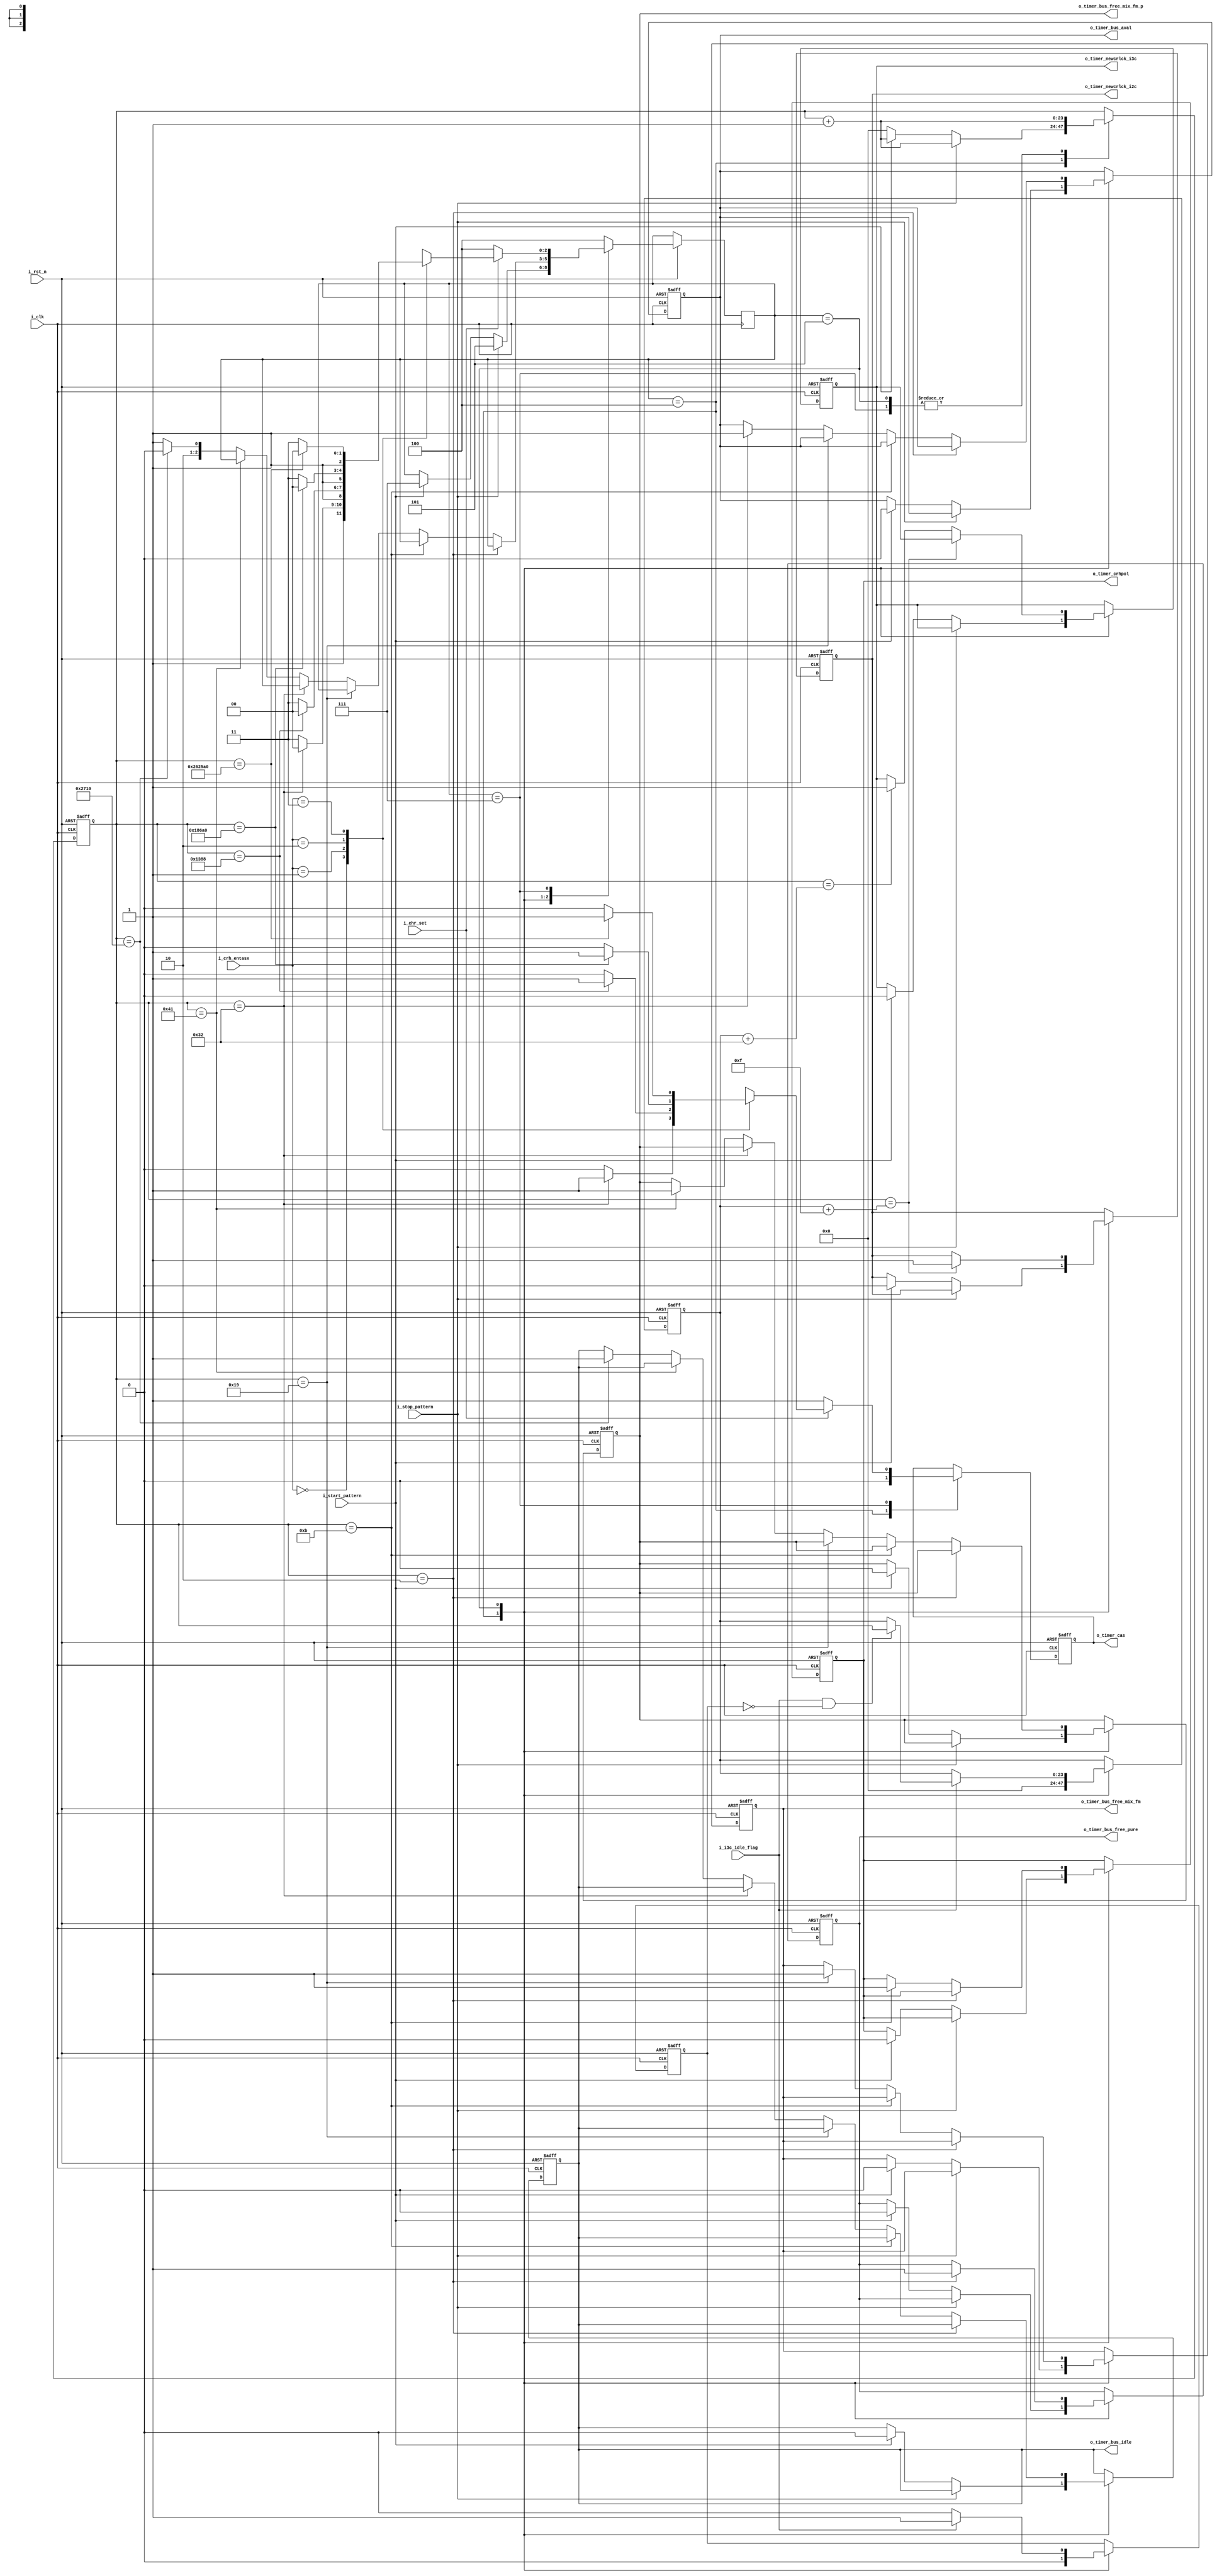
//////////////////////////////////////////////////////////////////////////////////
//==================================================================================
// MIXEL GP 2023 LIBRARY
// Copyright (c) 2023 Mixel, Inc.  All Rights Reserved.
// CONFIDENTIAL AND PROPRIETARY SOFTWARE/DATA OF MIXEL and ASU 2023 GP, INC.
//
// Revision: 
//
// Version : 2.0
//
// Design Name:  i3c_timer_fsm
// Module Name:  i3c_timer_fsm
//
//==================================================================================
//
//  STATEMENT OF USE
//
//  This information contains confidential and proprietary information of MIXEL.
//  No part of this information may be reproduced, transmitted, transcribed,
//  stored in a retrieval system, or translated into any human or computer
//  language, in any form or by any means, electronic, mechanical, magnetic,
//  optical, chemical, manual, or otherwise, without the prior written permission
//  of MIXEL.  This information was prepared for Garduation Project purpose and is for
//  use by MIXEL Engineers only.  MIXEL and ASU 2023 GP reserves the right 
//  to make changes in the information at any time and without notice.
//
//==================================================================================
//////////////////////////////////////////////////////////////////////////////////

`default_nettype none

module i3c_timer_fsm (
                      input  wire          i_clk                      , // system clock 50MHZ from FPGA
                      input  wire          i_rst_n                    , // asynch active low reset 
                      input  wire          i_start_pattern            , // start pattern flag input from tx
                      input  wire          i_stop_pattern             , // stop pattern flag input from tx
                      input  wire          i_chr_set                  , // input from crh of activity state set
                      input  wire  [1:0]   i_crh_entasx               , // enter activity states input value
                      input  wire          i_i3c_idle_flag            , // stop is done and od 
                      
                      output reg           o_timer_cas                , // clock after start flag 
                      output reg           o_timer_bus_free_pure      , // pure i3c bus condition >> after tcas 
                      output reg           o_timer_bus_free_mix_fm    , // clock for bus free condition when fm
                      output reg           o_timer_bus_free_mix_fm_p  , // clock for bus free condition when fm+
                      output reg           o_timer_bus_aval           , // clock for available bus condition 
                      output reg           o_timer_bus_idle           , // clock for idle bus condition 
                      output reg           o_timer_crhpol             , // clock for new controller handoff
                      output reg           o_timer_newcrlck_i2c       , // clock for new controller driving SDA when i2c
                      output reg           o_timer_newcrlck_i3c      ); // clock for new controller driving SDA when i3c
 
//`include "timings.v"


// system clock is 50 MHZ >> period is 20 ns 
// T_ENTAS3 is default when no target supports ENTASx CCC

// -- Start and Stop timings 
localparam T_CAS            = 24'd2       ; // 38.4 ns ~ 40 ns //garanteed
//localparam T_CBP            = 24'd1       ; // 19.2 ns ~ 20 ns //garanteed 

// -- Bus Condition timings
// T_AVAL = T_ENTAS0 = T_NEWCRLOCK_I3C = 1 us
localparam T_BUF_FM         = 24'd25      ; // 0.5 us = 500 ns >> 500/20 = 25 cycles 
localparam T_BUF_FM_P       = 24'd65      ; // 1.3 us = 1300 ns >> 1300/20 = 65 cycles 
localparam T_AVAL           = 24'd50      ; // 1 us = 1000 ns >> 1000/20 = 50 cycles
localparam T_IDLE           = 24'd10000   ; // 200 us = 200000 ns >> 200000/20 = 10000

// -- Activity States timings
localparam T_ENTAS1         = 24'd5000    ; // 100 us = 100000 ns >> 100000/20 = 5000 cycles
localparam T_ENTAS2         = 24'd100000  ; // 2 ms = 2000000 ns >> 2000000/20 = 100000 cycles
localparam T_ENTAS3         = 24'd2500000 ; // 50 ms = 50000000 ns >> 50000000/20 = 2500000 cycles 

// -- Control Role Handoff timings
localparam T_CRHPOverlap    = 24'd11      ; // (200 + 12 = 212 ns ~ 200 + 10 = 210 ns) >> 21/2 cycles 
localparam T_NEWCRLOCK_I2C  = 24'd15      ; // 300 ns >> 300/20 = 15 cycles





localparam ENTER_ACTIVITY_STATE_0  = 2'b00 ;
localparam ENTER_ACTIVITY_STATE_1  = 2'b01 ;
localparam ENTER_ACTIVITY_STATE_2  = 2'b10 ;
localparam ENTER_ACTIVITY_STATE_3  = 2'b11 ;

localparam IDLE                    = 3'b100;
localparam POST_STOP_CALCULATIONS  = 3'b101;
localparam POST_START_CALCULATIONS = 3'b111;


// timer_states <<<<

// TBD after this block is done >>
// wire i_i3c_idle_flag  ;
// assign i_i3c_idle_flag = i_dda_idle_flag | i_sdr_idle_flag | i_crh_idle_flag;

reg  [2:0]   timer_state            ;
reg          idle_flag_pulse        ;
reg  [23:0]  count                  ;
reg  [23:0]  stp_to_idle_trans_time ;

always @(posedge i_clk or negedge i_rst_n) 
  begin: i3c_timings_counter
    if (!i_rst_n) 
      begin  
        o_timer_cas                <= 1'b0 ;     
        o_timer_bus_free_pure      <= 1'b0 ; 
        o_timer_bus_free_mix_fm    <= 1'b0 ; 
        o_timer_bus_free_mix_fm_p  <= 1'b0 ; 
        o_timer_bus_aval           <= 1'b0 ; 
        o_timer_bus_idle           <= 1'b0 ; 
        o_timer_crhpol             <= 1'b0 ; 
        o_timer_newcrlck_i2c       <= 1'b0 ;
        o_timer_newcrlck_i3c       <= 1'b0 ;
        idle_flag_pulse            <= 1'b0 ;
        count                      <= 24'b0;
        stp_to_idle_trans_time     <= 24'b0;

      end 
    else 
      begin

        case (timer_state)

          IDLE: 
            begin 
              o_timer_cas                <= 1'b0 ;    
              idle_flag_pulse            <= 1'b0 ;
              count                      <= 24'b0;
              stp_to_idle_trans_time     <= 24'b0;

                if (i_stop_pattern)
                  begin 
                    count       <= count + 1'b1 ;
                    timer_state <= POST_STOP_CALCULATIONS;
                  end

                else if (i_start_pattern)
                  begin
                    count                      <= count + 1'b1 ;
                    timer_state                <= POST_START_CALCULATIONS;
                    o_timer_bus_idle           <= 1'b0 ;
                    o_timer_bus_free_pure      <= 1'b0 ; 
                    o_timer_bus_free_mix_fm    <= 1'b0 ; 
                    o_timer_bus_free_mix_fm_p  <= 1'b0 ; 
                    o_timer_bus_aval           <= 1'b0 ;  
                    o_timer_crhpol             <= 1'b0 ; 
                    o_timer_newcrlck_i2c       <= 1'b0 ;
                    o_timer_newcrlck_i3c       <= 1'b0 ;
                  end 

            end

          POST_STOP_CALCULATIONS:
            begin 
              count  <= count + 1'b1  ;

            //---- bus conditions and controller overlap time  
              if (count == T_CAS)
                begin: bus_free_pure_condition                 // bus has become in free condition 
                  o_timer_bus_free_pure     <= 1'b1 ;         //  for any pure I3C device who may concern
                end   

              else if (count == T_CRHPOverlap)                 // bus is ready for new controller handoff
                begin: control_role_handoff_overlap    
                  o_timer_crhpol            <= 1'b1 ;   
                end  

              else if (count == T_BUF_FM)                      // bus has enetered free condition 
                begin: bus_free_mixed_condition_fmode         //  for fast mode I2C devices who may concern
                  o_timer_bus_free_mix_fm   <= 1'b1 ;   
                end 

              else if (count == T_AVAL)                        // bus has enetered available condition 
                begin: bus_available_condition                //  IBI is free to take place 
                  o_timer_bus_aval          <= 1'b1 ;
                end

              else if (count == T_BUF_FM_P)                    // bus has enetered free condition 
                begin: bus_free_mixed_condition_fmode_plus    //  for fast mode plus I2C devices who may concern
                  o_timer_bus_free_mix_fm_p <= 1'b1 ;
                end

              else if (count == T_IDLE)                        // bus has enetered idle condition
                begin: bus_idle_condition                     //  Hot-Join is free to take place 
                  o_timer_bus_idle          <= 1'b1 ;
                  timer_state               <= IDLE ;
                end

              else 
                begin
                  timer_state  <= POST_STOP_CALCULATIONS ;
                  count        <= count + 1'b1           ;
                end

            //---- transition from stop to idle (assumed od) 
              if (i_i3c_idle_flag) 
                begin: capturing_count_and_wait_till_NEWCRLOCK

                  idle_flag_pulse <= 1'b1 ;

                    if (i_i3c_idle_flag && !idle_flag_pulse) 
                      begin:capturing_transition_time
                        stp_to_idle_trans_time <= count ;
                    end  
                end
              else 
                begin 
                  idle_flag_pulse <= 1'b0 ;
                end

              if (count == stp_to_idle_trans_time + T_NEWCRLOCK_I2C)
                begin: new_ctrl_lock_i2c
                  o_timer_newcrlck_i2c    <= 1'b1 ;
                end                      
              else if (count == stp_to_idle_trans_time + T_AVAL)
                begin: new_ctrl_lock_i3c
                  o_timer_newcrlck_i3c    <= 1'b1 ;
                end

            end
         

          POST_START_CALCULATIONS:
            begin 
              count  <= count + 1'b1  ;

              if (!i_chr_set) 
                begin: no_activity_states_needed 
                
                      o_timer_cas  <= 1'b1  ;
                      timer_state  <= IDLE  ;         

                end 
              else 
                begin 

                  case (i_crh_entasx)

                    ENTER_ACTIVITY_STATE_0: 
                      begin 

                        if (count == T_AVAL)
                          begin 
                            o_timer_cas  <= 1'b1  ;
                            timer_state  <= IDLE  ;
                          end 
                        else
                          begin
                            o_timer_cas  <= 1'b0  ;
                            timer_state  <= POST_START_CALCULATIONS ;
                          end        
                      end 
                    ENTER_ACTIVITY_STATE_1:
                      begin 

                        if (count == T_ENTAS1)
                          begin 
                            o_timer_cas  <= 1'b1  ;
                            timer_state  <= IDLE  ;
                          end 
                        else
                          begin
                            o_timer_cas  <= 1'b0  ;
                            timer_state  <= POST_START_CALCULATIONS ;
                          end    

                      end 
                    ENTER_ACTIVITY_STATE_2:
                      begin 

                        if (count == T_ENTAS2)
                          begin 
                            o_timer_cas  <= 1'b1  ;
                            timer_state  <= IDLE  ;
                          end 
                        else
                          begin
                            o_timer_cas  <= 1'b0  ;
                            timer_state  <= POST_START_CALCULATIONS ;
                          end        

                      end 
                    ENTER_ACTIVITY_STATE_3:
                      begin 

                        if (count == T_ENTAS3)
                          begin 
                            o_timer_cas  <= 1'b1  ;
                            timer_state  <= IDLE  ;
                          end 
                        else
                          begin
                            o_timer_cas  <= 1'b0  ;
                            timer_state  <= POST_START_CALCULATIONS ;
                          end        

                      end 
                  endcase
                end 
            end

          default: 
                 timer_state  <= IDLE ;
      endcase  
  end 
end 

endmodule

`default_nettype wire